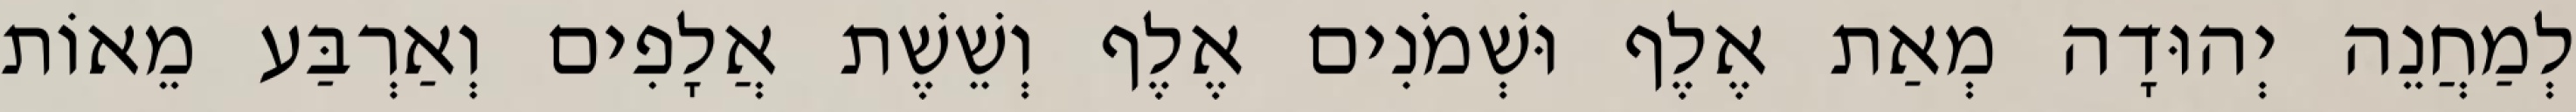
לְמַחֲנֵה יְהוּדָה מְאַת אֶלֶף וּשְׁמֹנִים אֶלֶף וְשֵׁשֶׁת אֲלָפִים וְאַרְבַּע מֵאוֹת